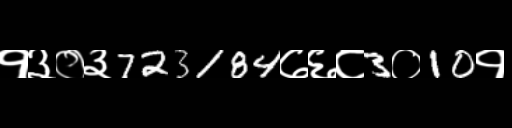
Text: १३०३723184७६८3०10१